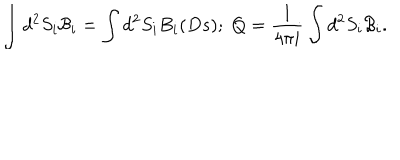
\int d ^ { 2 } S _ { i } { \mathcal { B } } _ { i } = \int d ^ { 2 } S _ { i } B _ { i } ( D s ) ; \; Q = \frac { 1 } { 4 \pi i } \int d ^ { 2 } S _ { i } { \mathcal { B } } _ { i } .